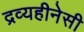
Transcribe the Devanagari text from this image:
द्रव्यहीनेसी